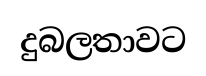
දුබලතාවට